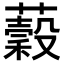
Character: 𧂣